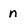
Character: n